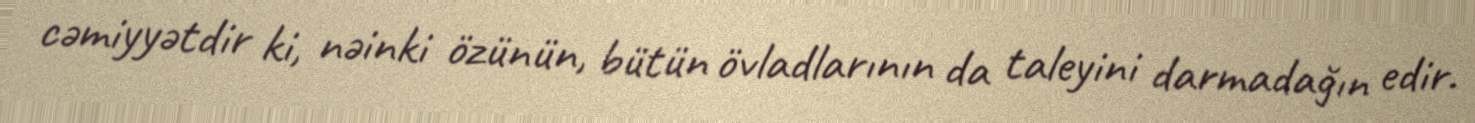
cəmiyyətdir ki, nəinki özünün, bütün övladlarının da taleyini darmadağın edir.